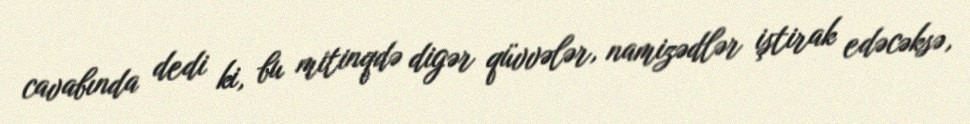
cavabında dedi ki, bu mitinqdə digər qüvvələr, namizədlər iştirak edəcəksə,